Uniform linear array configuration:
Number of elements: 4
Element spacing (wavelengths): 0.75
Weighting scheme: hamming
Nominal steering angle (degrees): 45
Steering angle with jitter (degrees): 43.368
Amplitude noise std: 0.05
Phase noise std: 0.05

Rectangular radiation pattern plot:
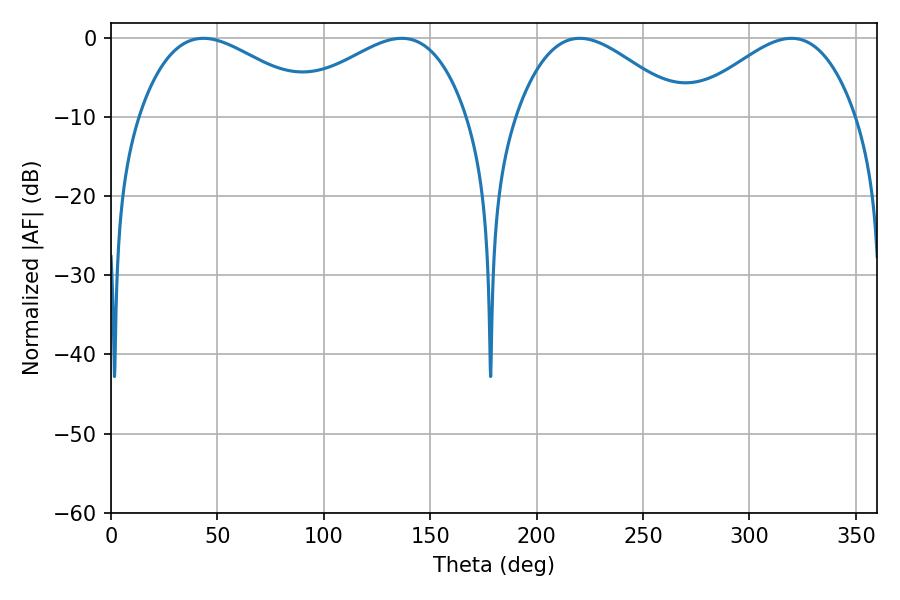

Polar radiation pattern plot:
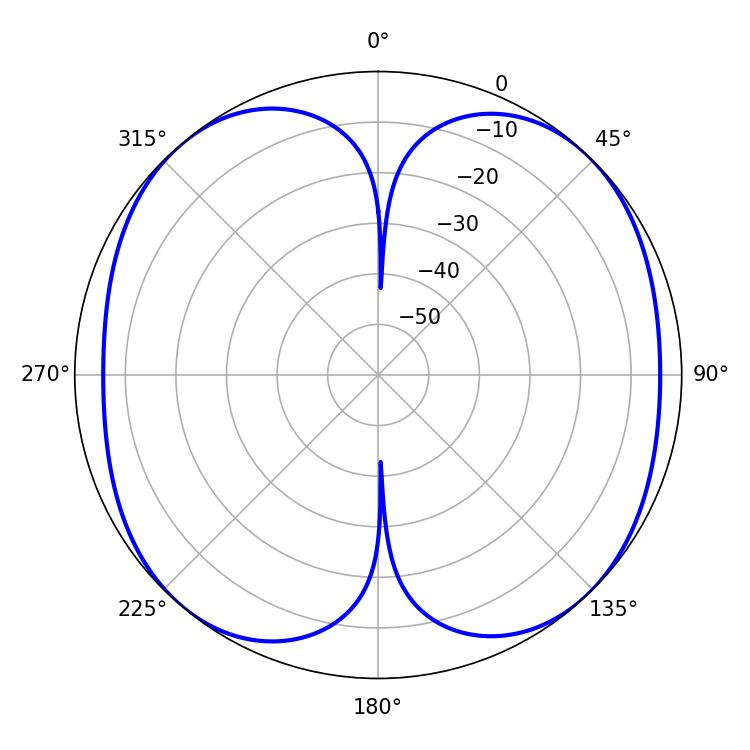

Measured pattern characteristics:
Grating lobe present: TRUE
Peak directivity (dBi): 12.688
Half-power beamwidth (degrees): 46.62
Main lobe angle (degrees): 43.38